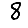
Digit: 8